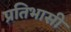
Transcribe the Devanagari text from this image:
प्रतिभासी